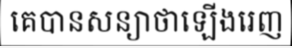
គេបានសន្យាថាឡើងរេញ